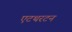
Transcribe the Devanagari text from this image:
एटथरटन